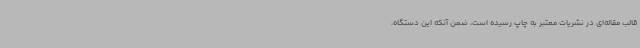
قالب مقاله‌ای در نشریات معتبر به چاپ رسیده است، ضمن آنکه این دستگاه،